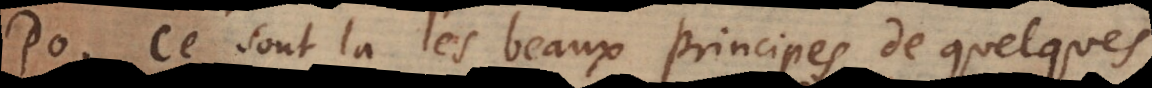
o. Ce sont là les beaux principes de quelques